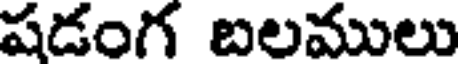
షడంగ బలములు